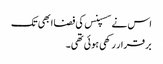
اس نے سسپنس کی فضا ابھی تک
بر قرار رکھی ہوئی تھی۔